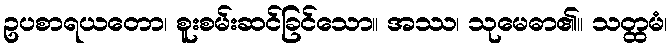
ဥပစာရယတော၊ စူးစမ်းဆင်ခြင်သော။ အဿ၊ သုမေဓာ၏။ သတ္ထမံ၊